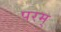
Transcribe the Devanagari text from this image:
परम्‌